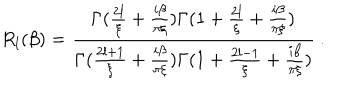
LaTeX: R _ { l } ( \beta ) = { \frac { \Gamma ( { \frac { 2 l } { \xi } } + { \frac { i \beta } { \pi \xi } } ) \Gamma ( 1 + { \frac { 2 l } { \xi } } + { \frac { i \beta } { \pi \xi } } ) } { \Gamma ( { \frac { 2 l + 1 } { \xi } } + { \frac { i \beta } { \pi \xi } } ) \Gamma ( 1 + { \frac { 2 l - 1 } { \xi } } + { \frac { i \beta } { \pi \xi } } ) } } \ .